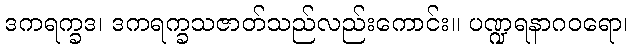
ဒကရက္ခဒ၊ ဒကရက္ခသဇာတ်သည်လည်းကောင်း။ ပဏ္ဍရနာဂဝရော၊